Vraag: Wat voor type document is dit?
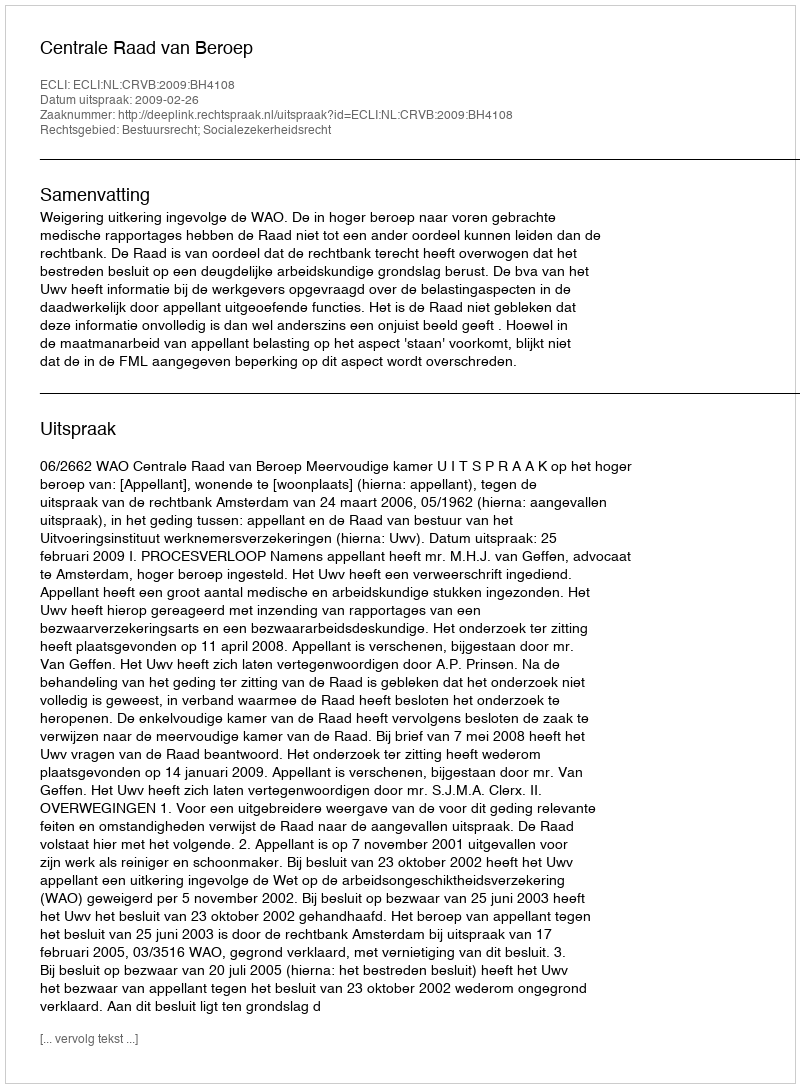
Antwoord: Uitspraak